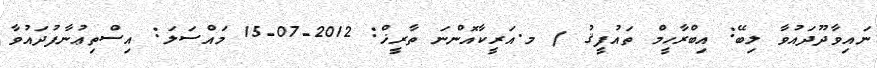
ނައިވާދޫދައުވާ ލިބޭ: އިބްރާހީމް ތައުފީޤު / މ.އަރީކާއޮންނަ ތާރީޚް: 2012-07-15 މައްސަލަ: އިސްތިޢުނާފުދައުވާ